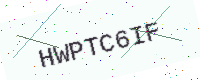
Text: HWPTC6IF